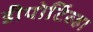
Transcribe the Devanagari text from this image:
डीपोर्टिव्हा